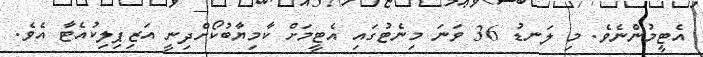
އެޓީމުންނެވެ. މި ލަނޑު 36 ވަނަ މިނެޓުގައި އެޓީމަށް ކާމިޔާބުކޯށްދިނީ އަޒިޕިލިކުއެޓާ އެވެ.